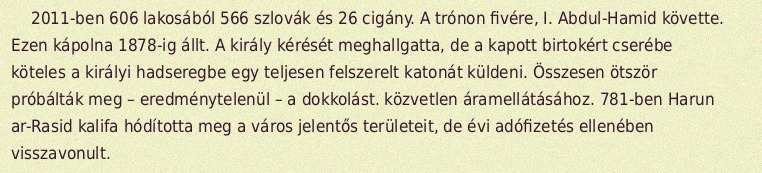
2011-ben 606 lakosából 566 szlovák és 26 cigány. A trónon fivére, I. Abdul-Hamid követte. Ezen kápolna 1878-ig állt. A király kérését meghallgatta, de a kapott birtokért cserébe köteles a királyi hadseregbe egy teljesen felszerelt katonát küldeni. Összesen ötször próbálták meg – eredménytelenül – a dokkolást. közvetlen áramellátásához. 781-ben Harun ar-Rasid kalifa hódította meg a város jelentős területeit, de évi adófizetés ellenében visszavonult.